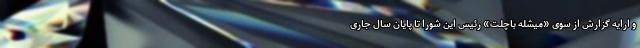
و ارایه گزارش از سوی «میشله باچلت» رئیس این شورا تا پایان سال جاری